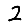
Digit: 2